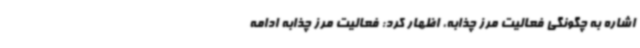
اشاره به چگونگی فعالیت مرز چذابه، اظهار کرد: فعالیت مرز چذابه ادامه